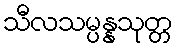
သီလသမ္ပန္နသုတ္တ